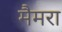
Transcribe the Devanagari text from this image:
मैमरा